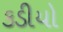
કડીયો